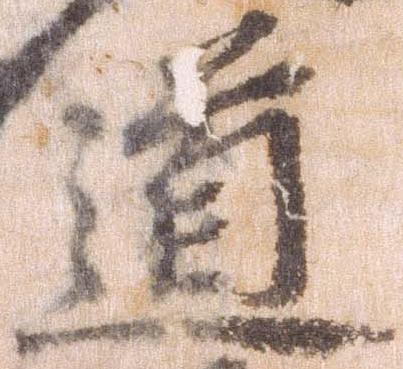
道